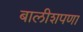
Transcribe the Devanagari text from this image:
बालीशपणा